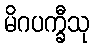
မိဂပက္ခီသု